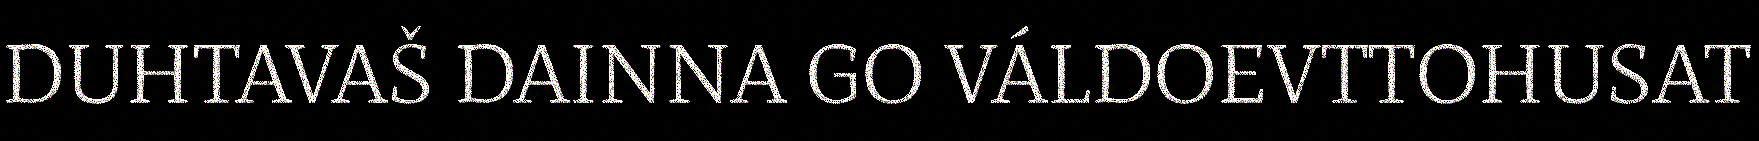
DUHTAVAŠ DAINNA GO VÁLDOEVTTOHUSAT